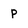
Character: p